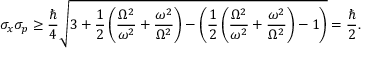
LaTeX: \sigma _ { x } \sigma _ { p } \geq { \frac { \hbar } { 4 } } { \sqrt { 3 + { \frac { 1 } { 2 } } \left( { \frac { \Omega ^ { 2 } } { \omega ^ { 2 } } } + { \frac { \omega ^ { 2 } } { \Omega ^ { 2 } } } \right) - \left( { \frac { 1 } { 2 } } \left( { \frac { \Omega ^ { 2 } } { \omega ^ { 2 } } } + { \frac { \omega ^ { 2 } } { \Omega ^ { 2 } } } \right) - 1 \right) } } = { \frac { \hbar } { 2 } } .